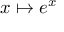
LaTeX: x \mapsto e ^ { x }